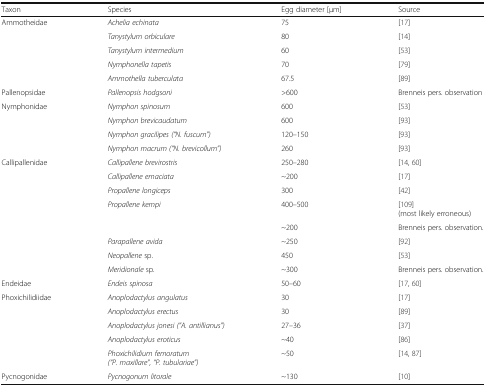
<table><thead><tr><td><b>Taxon</b></td><td><b>Species</b></td><td><b>Egg diameter [μm]</b></td><td><b>Source</b></td></tr></thead><tbody><tr><td rowspan="5">Ammotheidae</td><td><i>Achelia echinata</i></td><td>75</td><td>[17]</td></tr><tr><td><i>Tanystylum orbiculare</i></td><td>80</td><td>[14]</td></tr><tr><td><i>Tanystylum intermedium</i></td><td>60</td><td>[53]</td></tr><tr><td><i>Nymphonella tapetis</i></td><td>70</td><td>[79]</td></tr><tr><td><i>Ammothella tuberculata</i></td><td>67.5</td><td>[89]</td></tr><tr><td>Pallenopsidae</td><td><i>Pallenopsis hodgsoni</i></td><td>&gt;600</td><td>Brenneis pers. observation</td></tr><tr><td rowspan="4">Nymphonidae</td><td><i>Nymphon spinosum</i></td><td>600</td><td>[53]</td></tr><tr><td><i>Nymphon brevicaudatum</i></td><td>600</td><td>[93]</td></tr><tr><td><i>Nymphon gracilipes (“N. fuscum”)</i></td><td>120–150</td><td>[93]</td></tr><tr><td><i>Nymphon macrum (“N. brevicollum”)</i></td><td>260</td><td>[93]</td></tr><tr><td rowspan="8">Callipallenidae</td><td><i>Callipallene brevirostris</i></td><td>250–280</td><td>[14, 60]</td></tr><tr><td><i>Callipallene emaciata</i></td><td>~200</td><td>[17]</td></tr><tr><td><i>Propallene longiceps</i></td><td>300</td><td>[42]</td></tr><tr><td><i>Propallene kempi</i></td><td>400–500</td><td>[109](most likely erroneous)</td></tr><tr><td></td><td>~200</td><td>Brenneis pers. observation.</td></tr><tr><td><i>Parapallene avida</i></td><td>~250</td><td>[92]</td></tr><tr><td><i>Neopallene</i> sp.</td><td>450</td><td>[53]</td></tr><tr><td><i>Meridionale</i> sp.</td><td>~300</td><td>Brenneis pers. observation.</td></tr><tr><td>Endeidae</td><td><i>Endeis spinosa</i></td><td>50–60</td><td>[17, 60]</td></tr><tr><td rowspan="5">Phoxichilidiidae</td><td><i>Anoplodactylus angulatus</i></td><td>30</td><td>[17]</td></tr><tr><td><i>Anoplodactylus erectus</i></td><td>30</td><td>[89]</td></tr><tr><td><i>Anoplodactylus jonesi (“A. antillianus”)</i></td><td>27–36</td><td>[37]</td></tr><tr><td><i>Anoplodactylus eroticus</i></td><td>~40</td><td>[86]</td></tr><tr><td><i>Phoxichilidium femoratum</i><i>(“P. maxillare”, “P. tubulariae”)</i></td><td>~50</td><td>[14, 87]</td></tr><tr><td>Pycnogonidae</td><td><i>Pycnogonum litorale</i></td><td>~130</td><td>[10]</td></tr></tbody></table>